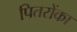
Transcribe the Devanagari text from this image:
पितरोंका